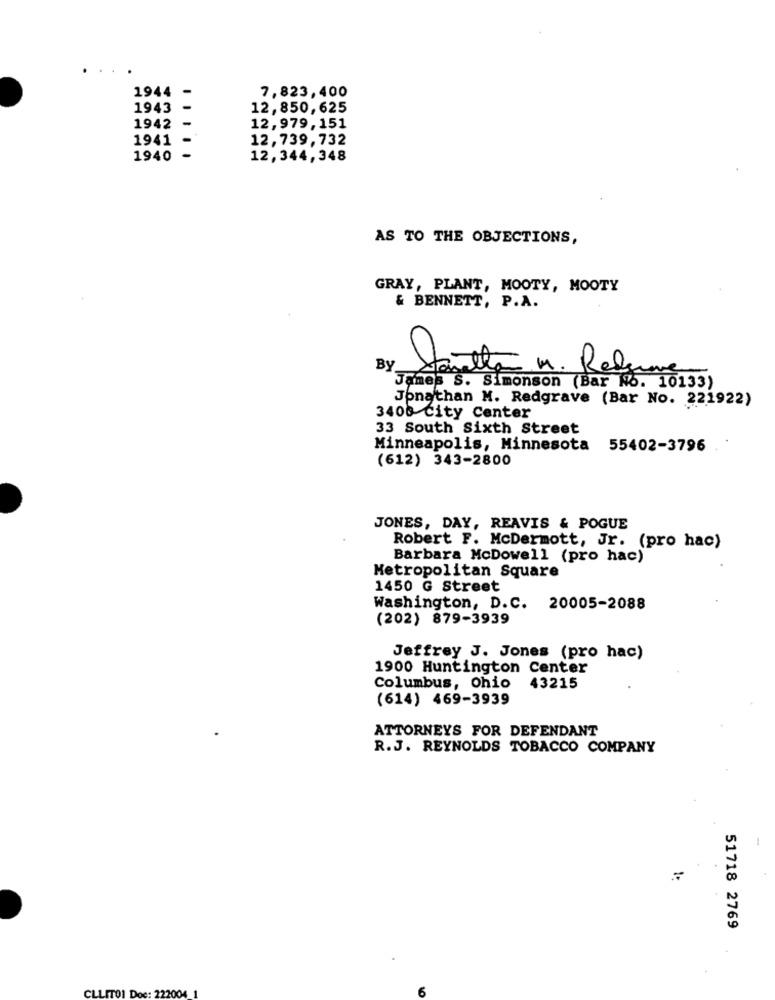
7,823,400
1944 -
1943
12,850, 625
1942 -
12,979, 151
1941
12,739, 732
1940 -
12, 344, 348
AS TO THE OBJECTIONS,
GRAY, PLANT, MOOTY, MOOTY
& BENNETT, P.A.
By
antho M. Rela
James S. Simonson (Bar No. 10133)
Jonathan M. Redgrave (Bar No. 221922)
3400 City Center
33 South Sixth Street
Minneapolis, Minnesota 55402-3796
(612) 343-2800
JONES, DAY, REAVIS & POGUE
Robert F. McDermott, Jr. (pro hac)
Barbara McDowell (pro hac)
Metropolitan Square
1450 G Street
Washington, D.C. 20005-2088
(202) 879-3939
Jeffrey J. Jones (pro hac)
1900 Huntington Center
Columbus, Ohio
43215
(614) 469-3939
ATTORNEYS FOR DEFENDANT
R.J. REYNOLDS TOBACCO COMPANY
51718 2769
CLLITO1 Doc: 22